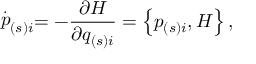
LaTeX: \stackrel { . } { p } _ { \left( s \right) i } = - \frac { \partial H } { \partial q _ { \left( s \right) i } } = \left\{ p _ { \left( s \right) i } , H \right\} ,